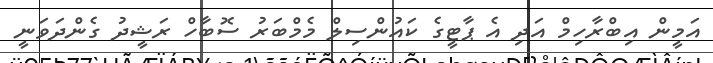
އަމީން އިބްރާހިމް އަދި އެ ޕާޓީގެ ކައުންސިލް މެމްބަރު ސޮބާހް ރަޝީދު ގެންދަވަނީ